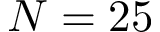
N = 2 5